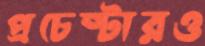
প্রচেষ্টারও